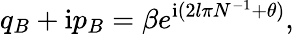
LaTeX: q_{B}+\mathrm{i}p_{B}=\beta e^{\mathrm{i}(2l\pi N^{-1}+\theta)},